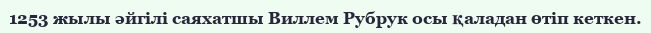
1253 жылы әйгілі саяхатшы Виллем Рубрук осы қаладан өтіп кеткен.